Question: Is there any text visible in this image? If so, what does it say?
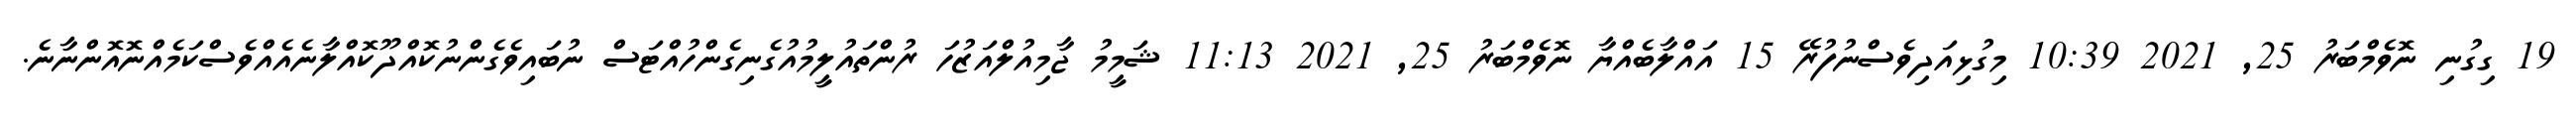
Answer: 19 ގިގުނި ނޮވެމްބަރު 25, 2021 10:39 މިގުޅިއަދިވެސްނުފުރޭ 15 އައްލާބެއްޔާ ނޮވެމްބަރު 25, 2021 11:13 ޝަމީމު ޖާމިއުލްއަޒުހަ ރުންތައުލީމުއުގެނިގެންހުއްޓަސް ނުބައިވެގެންނުކޮއްދޫކޮއްލާނެއެއްވެސްކަމެއްނޮއޮންނާނެ.